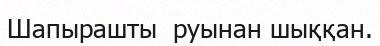
Шапырашты  руынан шыққан.